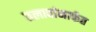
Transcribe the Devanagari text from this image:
तलावांमार्फत